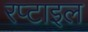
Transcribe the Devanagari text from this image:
रप्टाइल